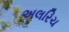
અલરિચ